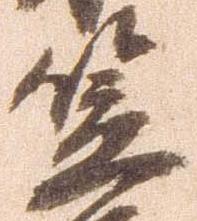
笠